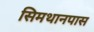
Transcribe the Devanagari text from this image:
सिमथानपास